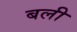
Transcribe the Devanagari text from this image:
बली